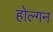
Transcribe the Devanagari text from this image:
होल्गन